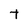
Character: t